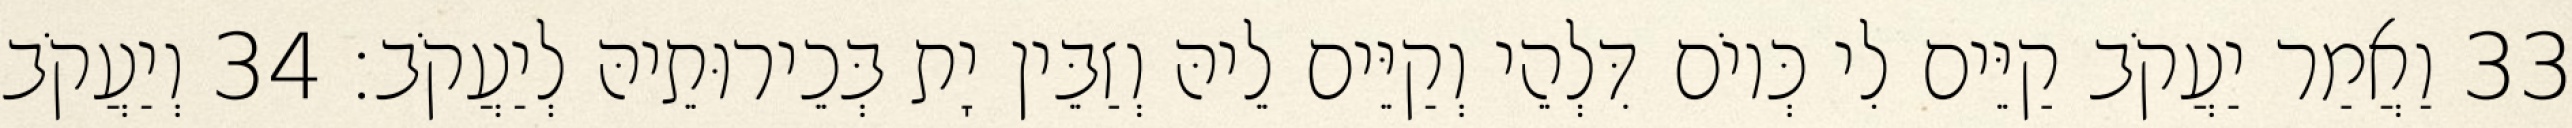
33 וַאֲמַר יַעֲקֹב קַיֵּים לִי כְּיוֹם דִּלְהֵי וְקַיֵּים לֵיהּ וְזַבֵּין יָת בְּכֵירוּתֵיהּ לְיַעֲקֹב׃ 34 וְיַעֲקֹב